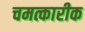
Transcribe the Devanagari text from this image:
चमत्कारीक